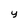
Character: y